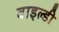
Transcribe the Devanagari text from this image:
वाइल्डी